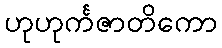
ဟုဟုင်္ကဇာတိကော